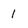
Character: 1